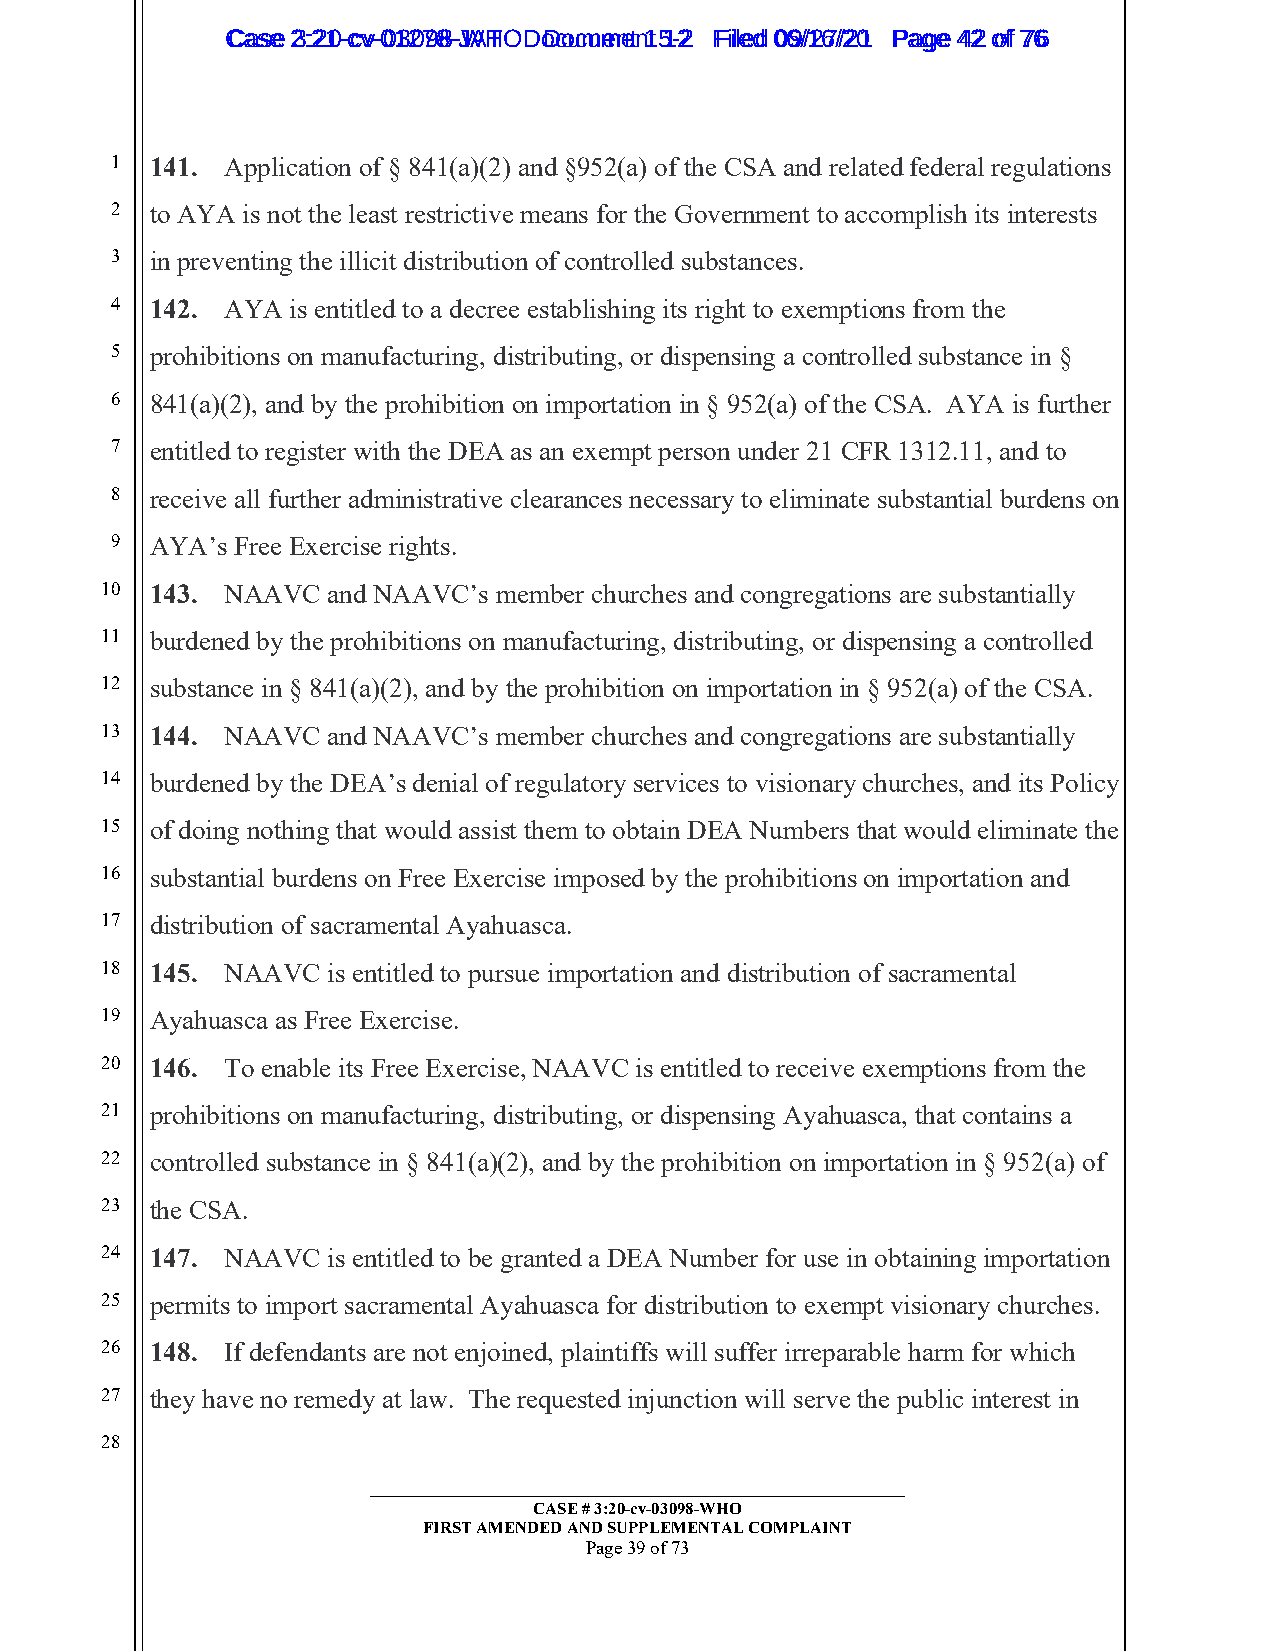
CCaassee 23::2210--ccvv--0013207988--JWAHT O D oDcoucmumenetn 1t 51-22 FFiilleedd 0069//1267//2201 PPaaggee 4422 ooff 7766
 1  141. Application of § 841(a)(2) and §952(a) of the CSA and related federal regulations
 2  to AYA is not the least restrictive means for the Government to accomplish its interests
 3  in preventing the illicit distribution of controlled substances.
 4  142. AYA is entitled to a decree establishing its right to exemptions from the
 5  prohibitions on manufacturing, distributing, or dispensing a controlled substance in §
 6  841(a)(2), and by the prohibition on importation in § 952(a) of the CSA. AYA is further
 7  entitled to register with the DEA as an exempt person under 21 CFR 1312.11, and to
 8  receive all further administrative clearances necessary to eliminate substantial burdens on
 9  AYA’s Free Exercise rights.
 10 143. NAAVC  and NAAVC’s member churches and congregations are substantially
 11 burdened by the prohibitions on manufacturing, distributing, or dispensing a controlled
 12 substance in § 841(a)(2), and by the prohibition on importation in § 952(a) of the CSA.
 13 144. NAAVC  and NAAVC’s member churches and congregations are substantially
 14 burdened by the DEA’s denial of regulatory services to visionary churches, and its Policy
 15 of doing nothing that would assist them to obtain DEA Numbers that would eliminate the
 16 substantial burdens on Free Exercise imposed by the prohibitions on importation and
 17 distribution of sacramental Ayahuasca.
 18 145. NAAVC  is entitled to pursue importation and distribution of sacramental
 19 Ayahuasca as Free Exercise.
 20 146. To enable its Free Exercise, NAAVC is entitled to receive exemptions from the
 21 prohibitions on manufacturing, distributing, or dispensing Ayahuasca, that contains a
 22 controlled substance in § 841(a)(2), and by the prohibition on importation in § 952(a) of
 23 the CSA.
 24 147. NAAVC  is entitled to be granted a DEA Number for use in obtaining importation
 25 permits to import sacramental Ayahuasca for distribution to exempt visionary churches.
 26 148. If defendants are not enjoined, plaintiffs will suffer irreparable harm for which
 27 they have no remedy at law. The requested injunction will serve the public interest in
 28
 _________________________________________________________
 CASE # 3:20-cv-03098-WHO
 FIRST AMENDED AND SUPPLEMENTAL COMPLAINT
 Page 39 of 73